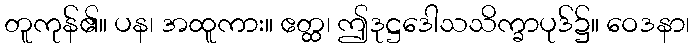
တူကုန်၏။ ပန၊ အထူကား။ ဧတ္ထ၊ ဤဒုဋ္ဌဒေါသသိက္ခာပုဒ်၌။ ဝေဒနာ၊